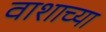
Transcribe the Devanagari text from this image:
वाशाच्या